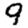
Digit: 9